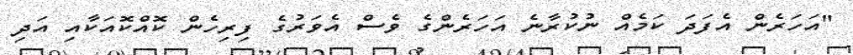
"އަހަރެން އެފަދަ ކަމެއް ނުކުރާނެ އަހަރެންގެ ވެސް އެވަރުގެ ފިރިހެން ކޮއްކޮއަކާއި އަދި